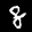
Label: 8